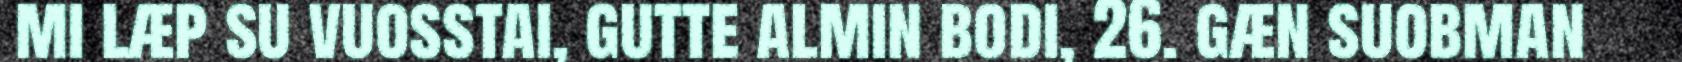
mi læp su vuosstai, gutte almin bodi, 26. gæn suobman